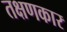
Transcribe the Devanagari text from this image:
तक्षणकार